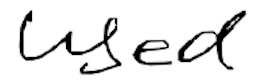
Text: used
Cross-out: clean
Writing tool: digital_black